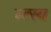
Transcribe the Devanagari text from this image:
म्त्स्य